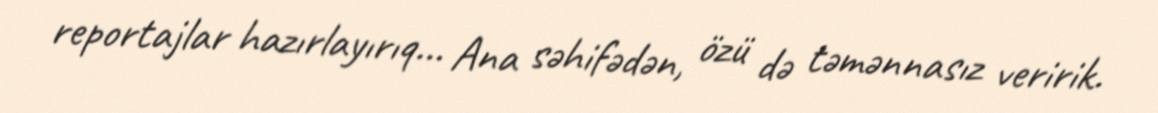
reportajlar hazırlayırıq... Ana səhifədən, özü də təmənnasız veririk.